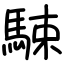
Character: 駷